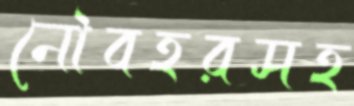
নৌবহরসহ